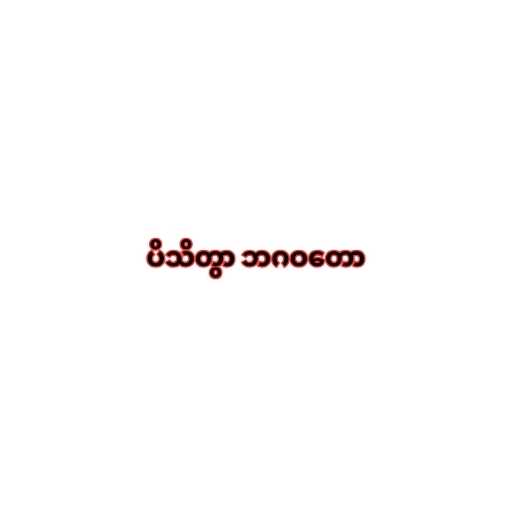
ပိသိတွာ ဘဂဝတော